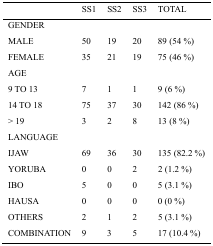
<table><thead><tr><td></td><td><b>SS1</b></td><td><b>SS2</b></td><td><b>SS3</b></td><td><b>TOTAL</b></td></tr></thead><tbody><tr><td>GENDER</td><td></td><td></td><td></td><td></td></tr><tr><td>MALE</td><td>50</td><td>19</td><td>20</td><td>89 (54 %)</td></tr><tr><td>FEMALE</td><td>35</td><td>21</td><td>19</td><td>75 (46 %)</td></tr><tr><td>AGE</td><td></td><td></td><td></td><td></td></tr><tr><td>9 TO 13</td><td>7</td><td>1</td><td>1</td><td>9 (6 %)</td></tr><tr><td>14 TO 18</td><td>75</td><td>37</td><td>30</td><td>142 (86 %)</td></tr><tr><td>&gt; 19</td><td>3</td><td>2</td><td>8</td><td>13 (8 %)</td></tr><tr><td>LANGUAGE</td><td></td><td></td><td></td><td></td></tr><tr><td>IJAW</td><td>69</td><td>36</td><td>30</td><td>135 (82.2 %)</td></tr><tr><td>YORUBA</td><td>0</td><td>0</td><td>2</td><td>2 (1.2 %)</td></tr><tr><td>IBO</td><td>5</td><td>0</td><td>0</td><td>5 (3.1 %)</td></tr><tr><td>HAUSA</td><td>0</td><td>0</td><td>0</td><td>0 (0 %)</td></tr><tr><td>OTHERS</td><td>2</td><td>1</td><td>2</td><td>5 (3.1 %)</td></tr><tr><td>COMBINATION</td><td>9</td><td>3</td><td>5</td><td>17 (10.4 %)</td></tr></tbody></table>